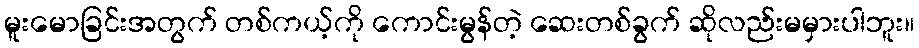
မူးမောခြင်းအတွက် တစ်ကယ့်ကို ကောင်းမွန်တဲ့ ဆေးတစ်ခွက် ဆိုလည်းမမှားပါဘူး။